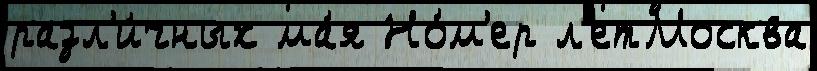
разл'и́чных ма́я Но́м'ер л'етМосква